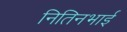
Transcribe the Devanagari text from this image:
नितिनभाई